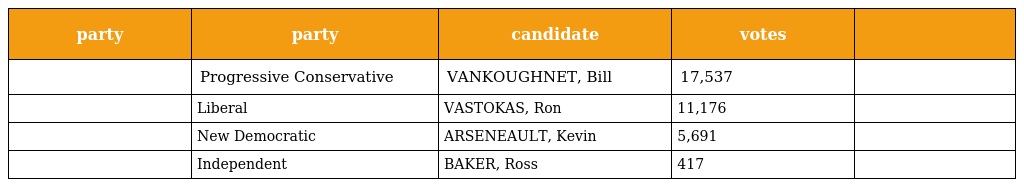
| party | party | candidate | votes |  |
 | --- | --- | --- | --- | --- |
 |  | Progressive Conservative | VANKOUGHNET, Bill | 17,537 |  |
 |  | Liberal | VASTOKAS, Ron | 11,176 |  |
 |  | New Democratic | ARSENEAULT, Kevin | 5,691 |  |
 |  | Independent | BAKER, Ross | 417 |  |